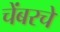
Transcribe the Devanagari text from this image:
चेंबरचे